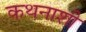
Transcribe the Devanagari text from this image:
कथनाशी